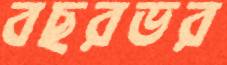
বছরভর